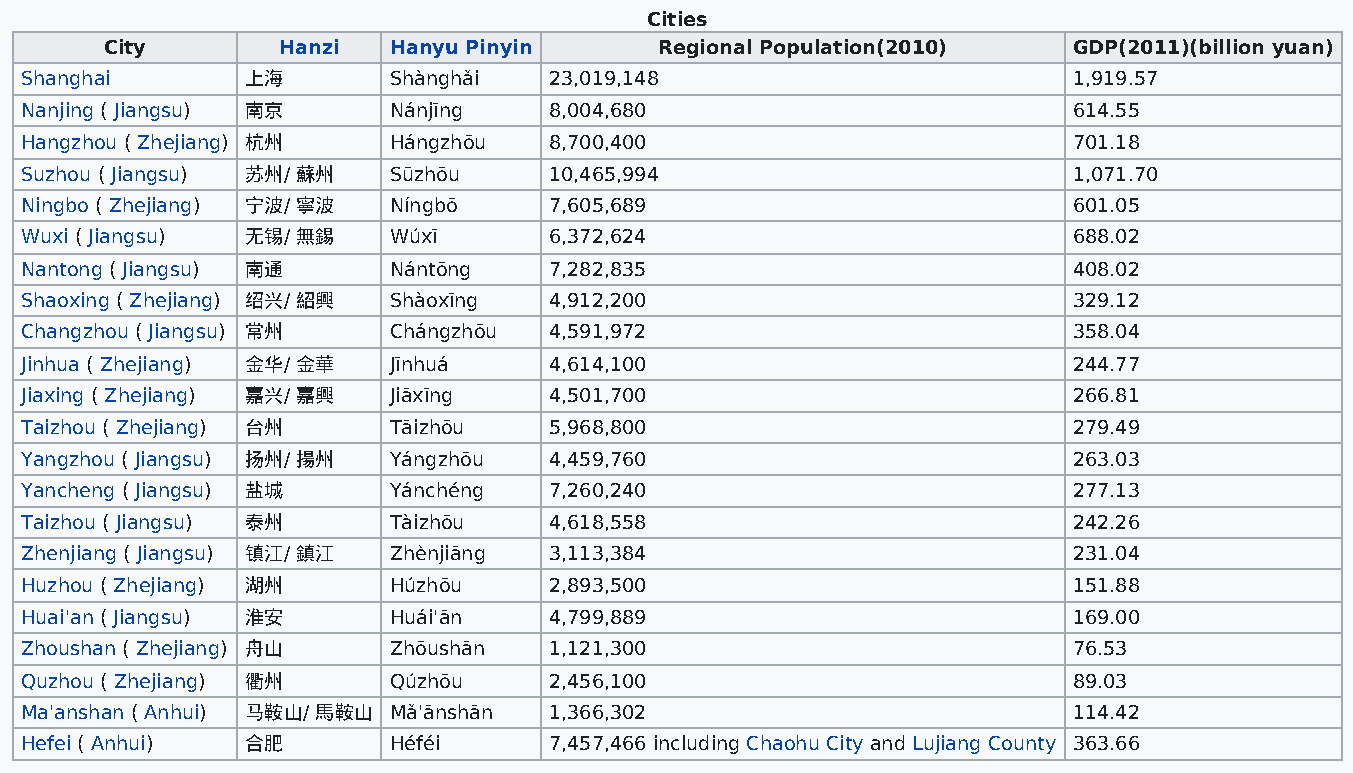
Cities
 City       Hanzi   Hanyu Pinyin      Regional Population(2010)  GDP(2011)(billion yuan)
 Shanghai       上海        Shànghǎi  23,019,148                         1,919.57
 Nanjing ( Jiangsu) 南京    Nánjīng   8,004,680                          614.55
 Hangzhou ( Zhejiang) 杭州  Hángzhōu  8,700,400                          701.18
 Suzhou ( Jiangsu) 苏州/ 蘇州 Sūzhōu    10,465,994                         1,071.70
 Ningbo ( Zhejiang) 宁波/ 寧波 Níngbō   7,605,689                          601.05
 Wuxi ( Jiangsu) 无锡/ 無錫   Wúxī      6,372,624                          688.02
 Nantong ( Jiangsu) 南通    Nántōng   7,282,835                          408.02
 Shaoxing ( Zhejiang) 绍兴/ 紹興 Shàoxīng 4,912,200                        329.12
 Changzhou ( Jiangsu) 常州  Chángzhōu 4,591,972                          358.04
 Jinhua ( Zhejiang) 金华/ 金華 Jīnhuá   4,614,100                          244.77
 Jiaxing ( Zhejiang) 嘉兴/ 嘉興 Jiāxīng 4,501,700                          266.81
 Taizhou ( Zhejiang) 台州   Tāizhōu   5,968,800                          279.49
 Yangzhou ( Jiangsu) 扬州/ 揚州 Yángzhōu 4,459,760                         263.03
 Yancheng ( Jiangsu) 盐城   Yánchéng  7,260,240                          277.13
 Taizhou ( Jiangsu) 泰州    Tàizhōu   4,618,558                          242.26
 Zhenjiang ( Jiangsu) 镇江/ 鎮江 Zhènjiāng 3,113,384                       231.04
 Huzhou ( Zhejiang) 湖州    Húzhōu    2,893,500                          151.88
 Huai'an ( Jiangsu) 淮安    Huái'ān   4,799,889                          169.00
 Zhoushan ( Zhejiang) 舟山  Zhōushān  1,121,300                          76.53
 Quzhou ( Zhejiang) 衢州    Qúzhōu    2,456,100                          89.03
 Ma'anshan ( Anhui) 马鞍山/ 馬鞍山 Mǎ'ānshān 1,366,302                       114.42
 Hefei ( Anhui) 合肥        Héféi     7,457,466 including Chaohu City and Lujiang County 363.66